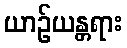
ယာဉ်ယန္တရား